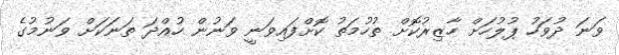
ވަނަ ދުވަހު ޕުލުހަށް ހާޒިރުކޮށް ތުހުމަތު ކޮށްފައިވަނީ ވަނުން ހުއްދަ ތަނަކަށް ވަނުމުގެ